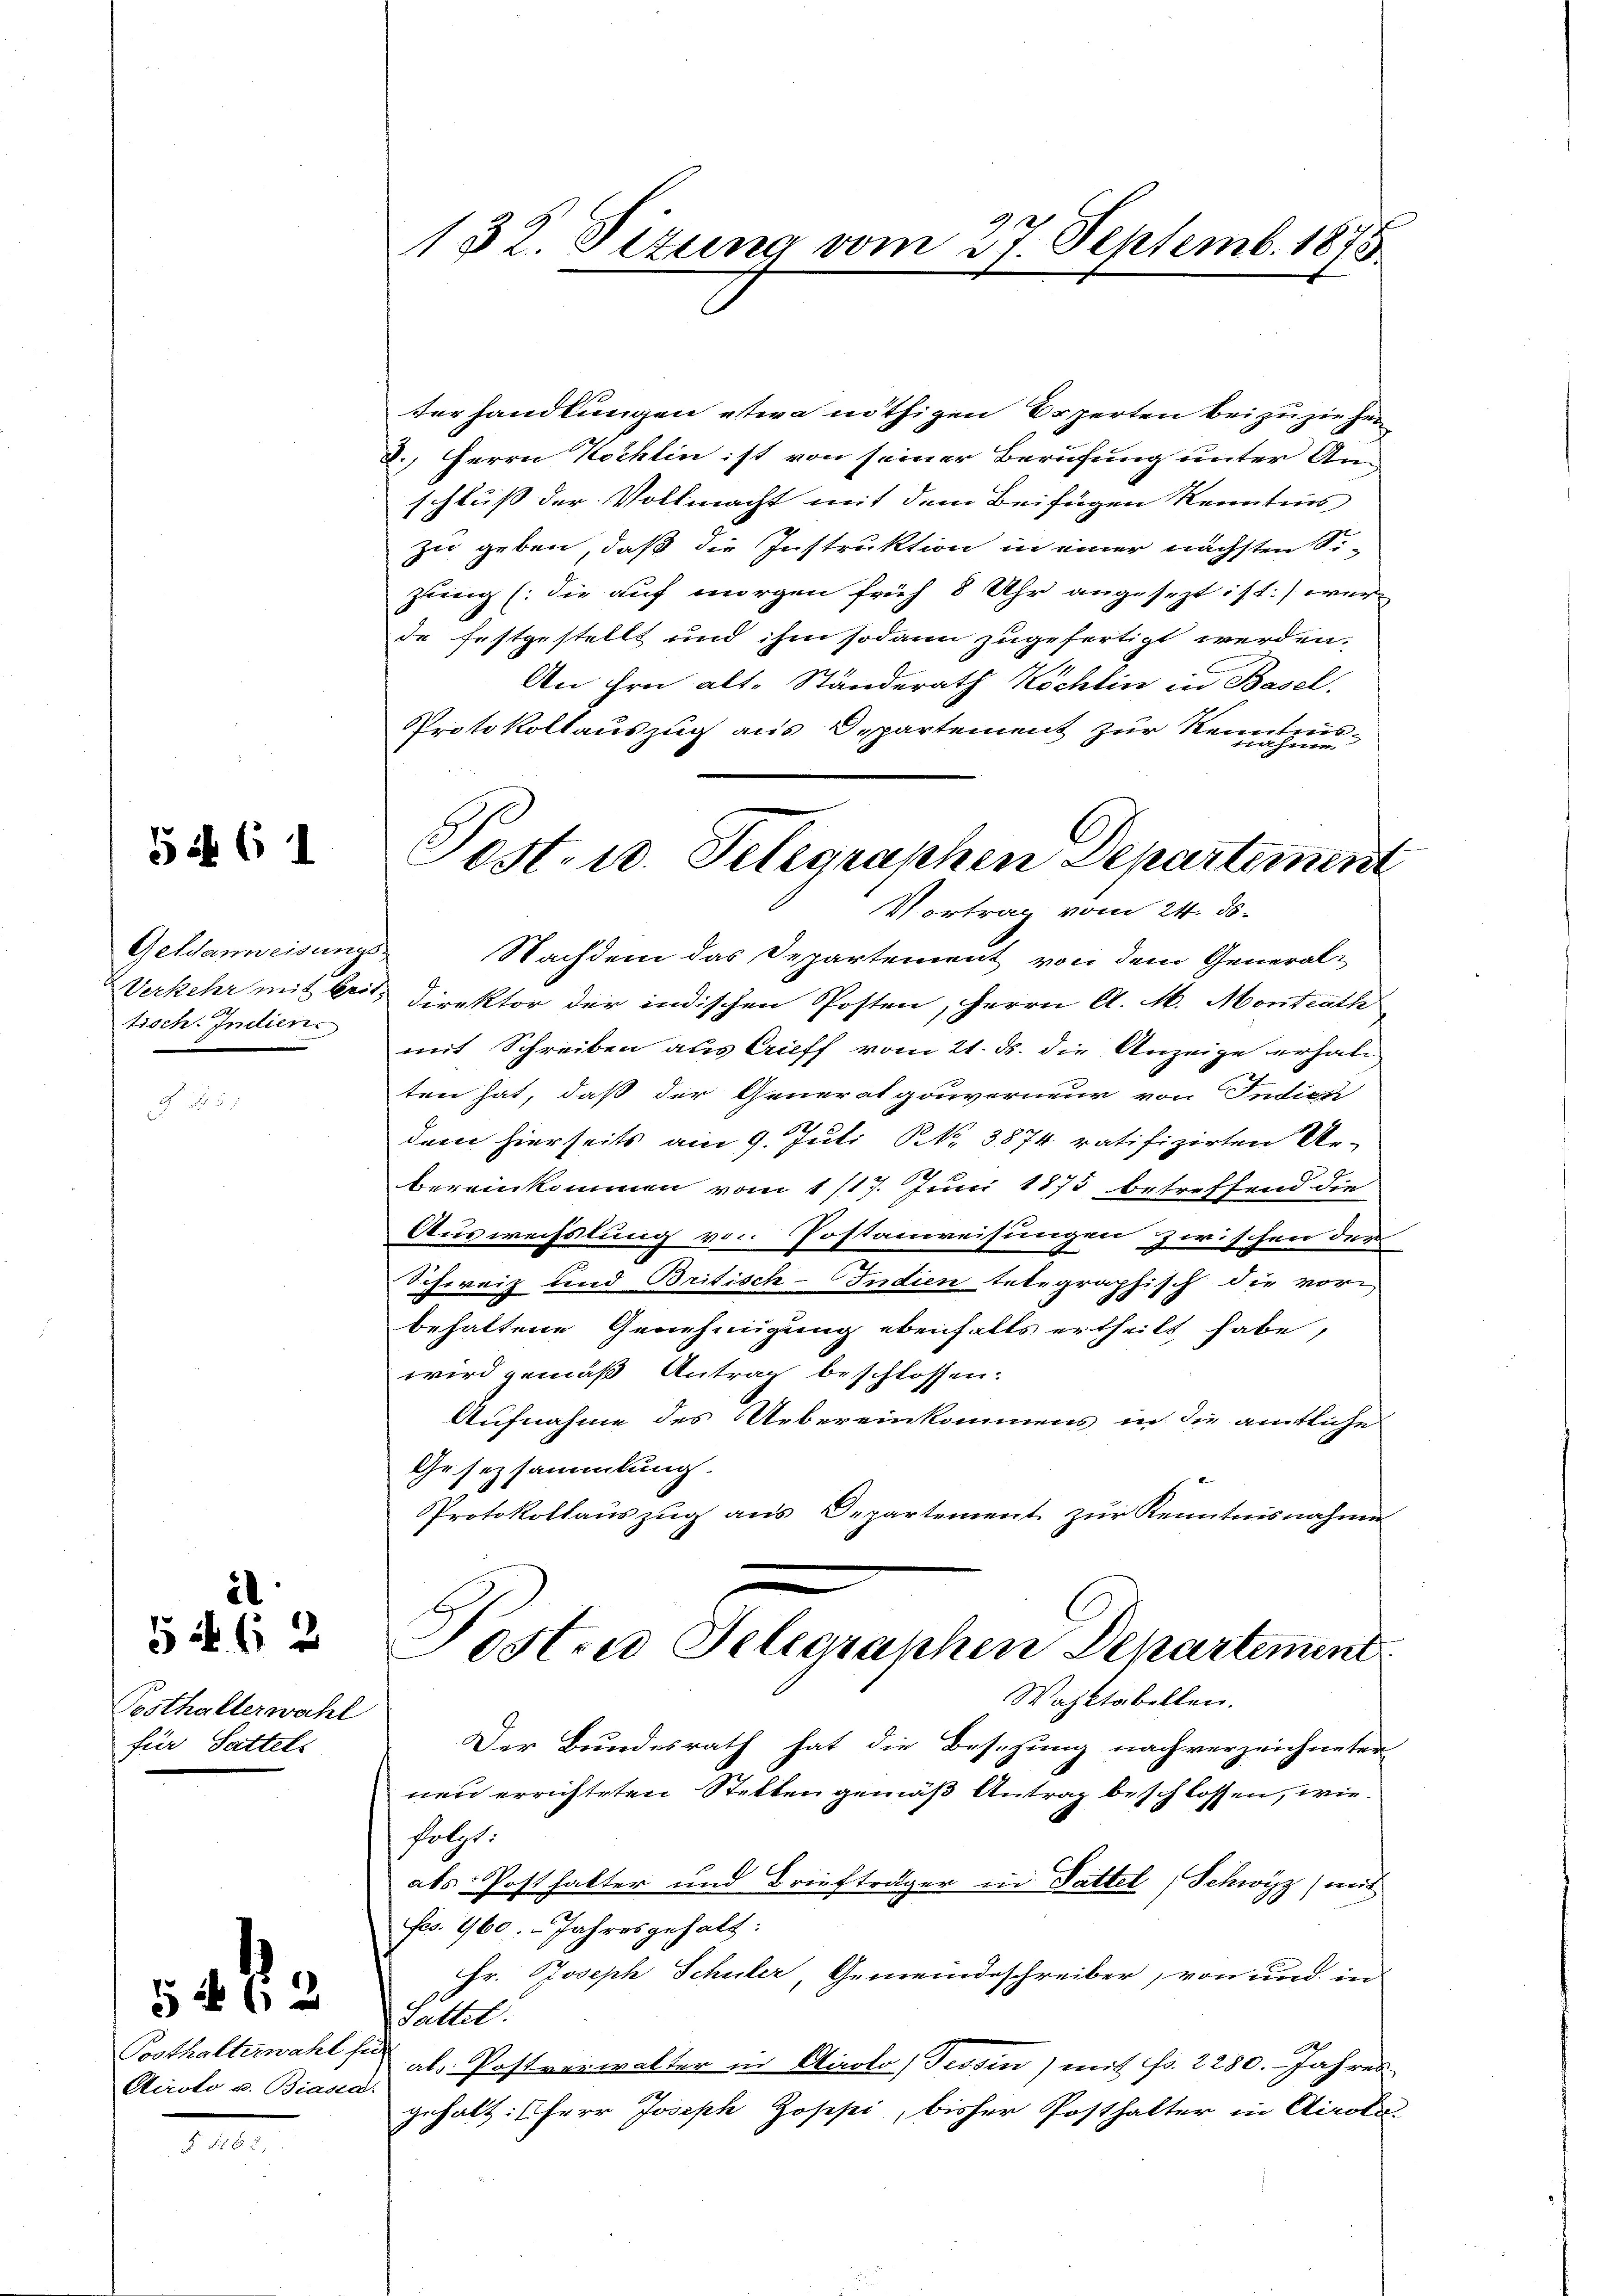
526 (1

Geldanweisungstisch. Indien

Pesthalterwahl
für Sattels

il
52. 62

§ 1162

Airolo u. Biaser

52 f. 2

132. Sizung vom 27. Septemb. 1875.

Verhandlungen etwa nöthigen Erperten bei zu ziehen
8., Herrn Kochlin ist von seiner Berufung unter An-
schluss der Vollmacht mit dem Beifügen Kenntnis
zu geben, daß die Instruktion in einer nächsten Sizung (die auf morgen früh 8 Uhr angesezt ist.) wer
de festgestellt und ihm sodann zugefertigt werden,
An ihre alt. Ständerath Köchlin in Basel.
itees
Protokollauszug aus Departement zur Reinhei
Nachdem das Departement von dem General-
Verkehr mit bei Direktor der indischen Posten, Herrn A. M. Montrath
mit Schreiben aus Auff vom 21. ds. die Anzeige erhal
ten hat, daß der Generalgouverneur von Indien
dem hierseits am 9. Juli N. 3874 ratifizirten Urbereinkommen vom 1/17. Juni 1873 betreffend die
Auswechslung von Postanweisungen zwischen der
Schweiz und Britisch-Indien telegraphisch die vore
behaltene Genehmigung ebenfalls ertheilt habe,
wird gemäß Antrag beschlossen.
Aufnahme des Uebereinkommens in die amtliche
Gesetzsammlung.
Protokollauszug aus Departement zur Kenntnisnahme
Posten Telegraphen Departement
Wahktabellen.
Der Bundesrath hat die Besetzung nach verzeichneter
nen errichteten Stellen gemäß Antrag beschlossen, wiefolgt:
abs Posthalter und Briefträger in Sattel (Schwyz) mit
Fs. 960. Jahresgehalt:
Hr. Joseph Schuler, Gemeindeschreiber, von und in
Tattet.
Posthalterwahl als Postverwalter in Airolo (Tessin, mit Fr. 2280. Jahres
d
gehalt: Herr Joseph Josepi, bisher Posthalter in Airole

Post- u. Telegraphen Departement
Vortrag vom 24. ds.